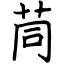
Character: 茼